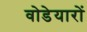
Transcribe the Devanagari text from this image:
वोडेयारों